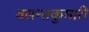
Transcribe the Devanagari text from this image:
वसन्तकुमारी